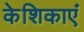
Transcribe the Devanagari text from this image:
केशिकाएं